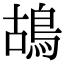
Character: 鴣